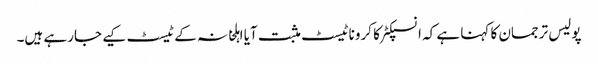
پولیس ترجمان کا کہنا ہے کہ انسپکٹر کا کروناٹیسٹ مثبت آیا اہلخانہ کے ٹیسٹ کیے جارہے ہیں۔